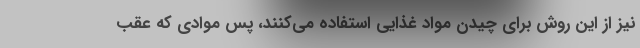
نیز از این روش برای چیدن مواد غذایی استفاده می‌کنند، پس موادی که عقب